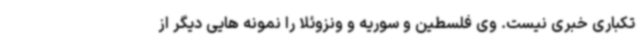
تکباری خبری نیست. وی فلسطین و سوریه و ونزوئلا را نمونه هایی دیگر از